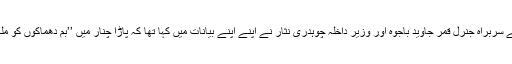
ان بم دھماکوں کے بعد سوشل میڈیا پر چلنے والی مہم کے تناظر میں فوج کے سربراہ جنرل قمر جاوید باجوہ اور وزیر داخلہ چوہدری نثار نے اپنے اپنے بیانات میں کہا تھا کہ پاڑا چنار میں ’’بم دھماکوں کو ملک دشمن عناصر دانستہ طور پر فرقہ وارانہ اور لسانی رنگ دے رہے ہیں‘‘۔